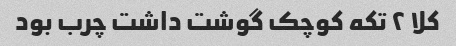
کلا ۲ تکه کوچک گوشت داشت چرب بود